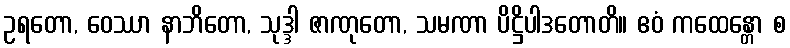
ဥရတော, ဝေဿာ နာဘိတော, သုဒ္ဒါ ဇာဏုတော, သမဏာ ပိဋ္ဌိပါဒတောတိ။ ဧဝံ ကထေန္တော စ